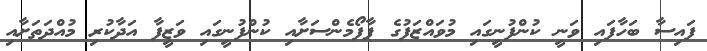
ފައިސާ ބަހާފައި ވަނީ ކުންފުނީގައި މުވައްޒަފުގެ ޕާފޯމެންސަށާއި ކުންފުނީގައި ވަޒީފާ އަދާކުރި މުއްދަތަށާއި